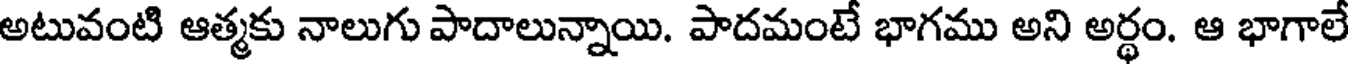
అటువంటి ఆత్మకు నాలుగు పాదాలున్నాయి. పాదమంటే భాగము అని అర్థం. ఆ భాగాలే